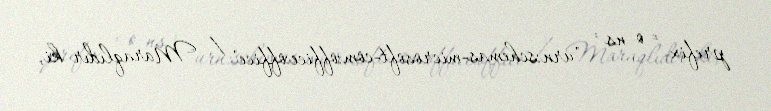
prefix = o ns = "urn:schemas-microsoft-com:office:office" / Maraqlıdır ki,